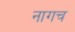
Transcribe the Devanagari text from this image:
नागच